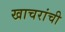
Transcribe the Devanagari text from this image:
खाचरांची